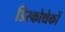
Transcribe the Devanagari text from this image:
डिस्कोथेकों